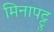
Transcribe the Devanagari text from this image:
मिनापट्टु